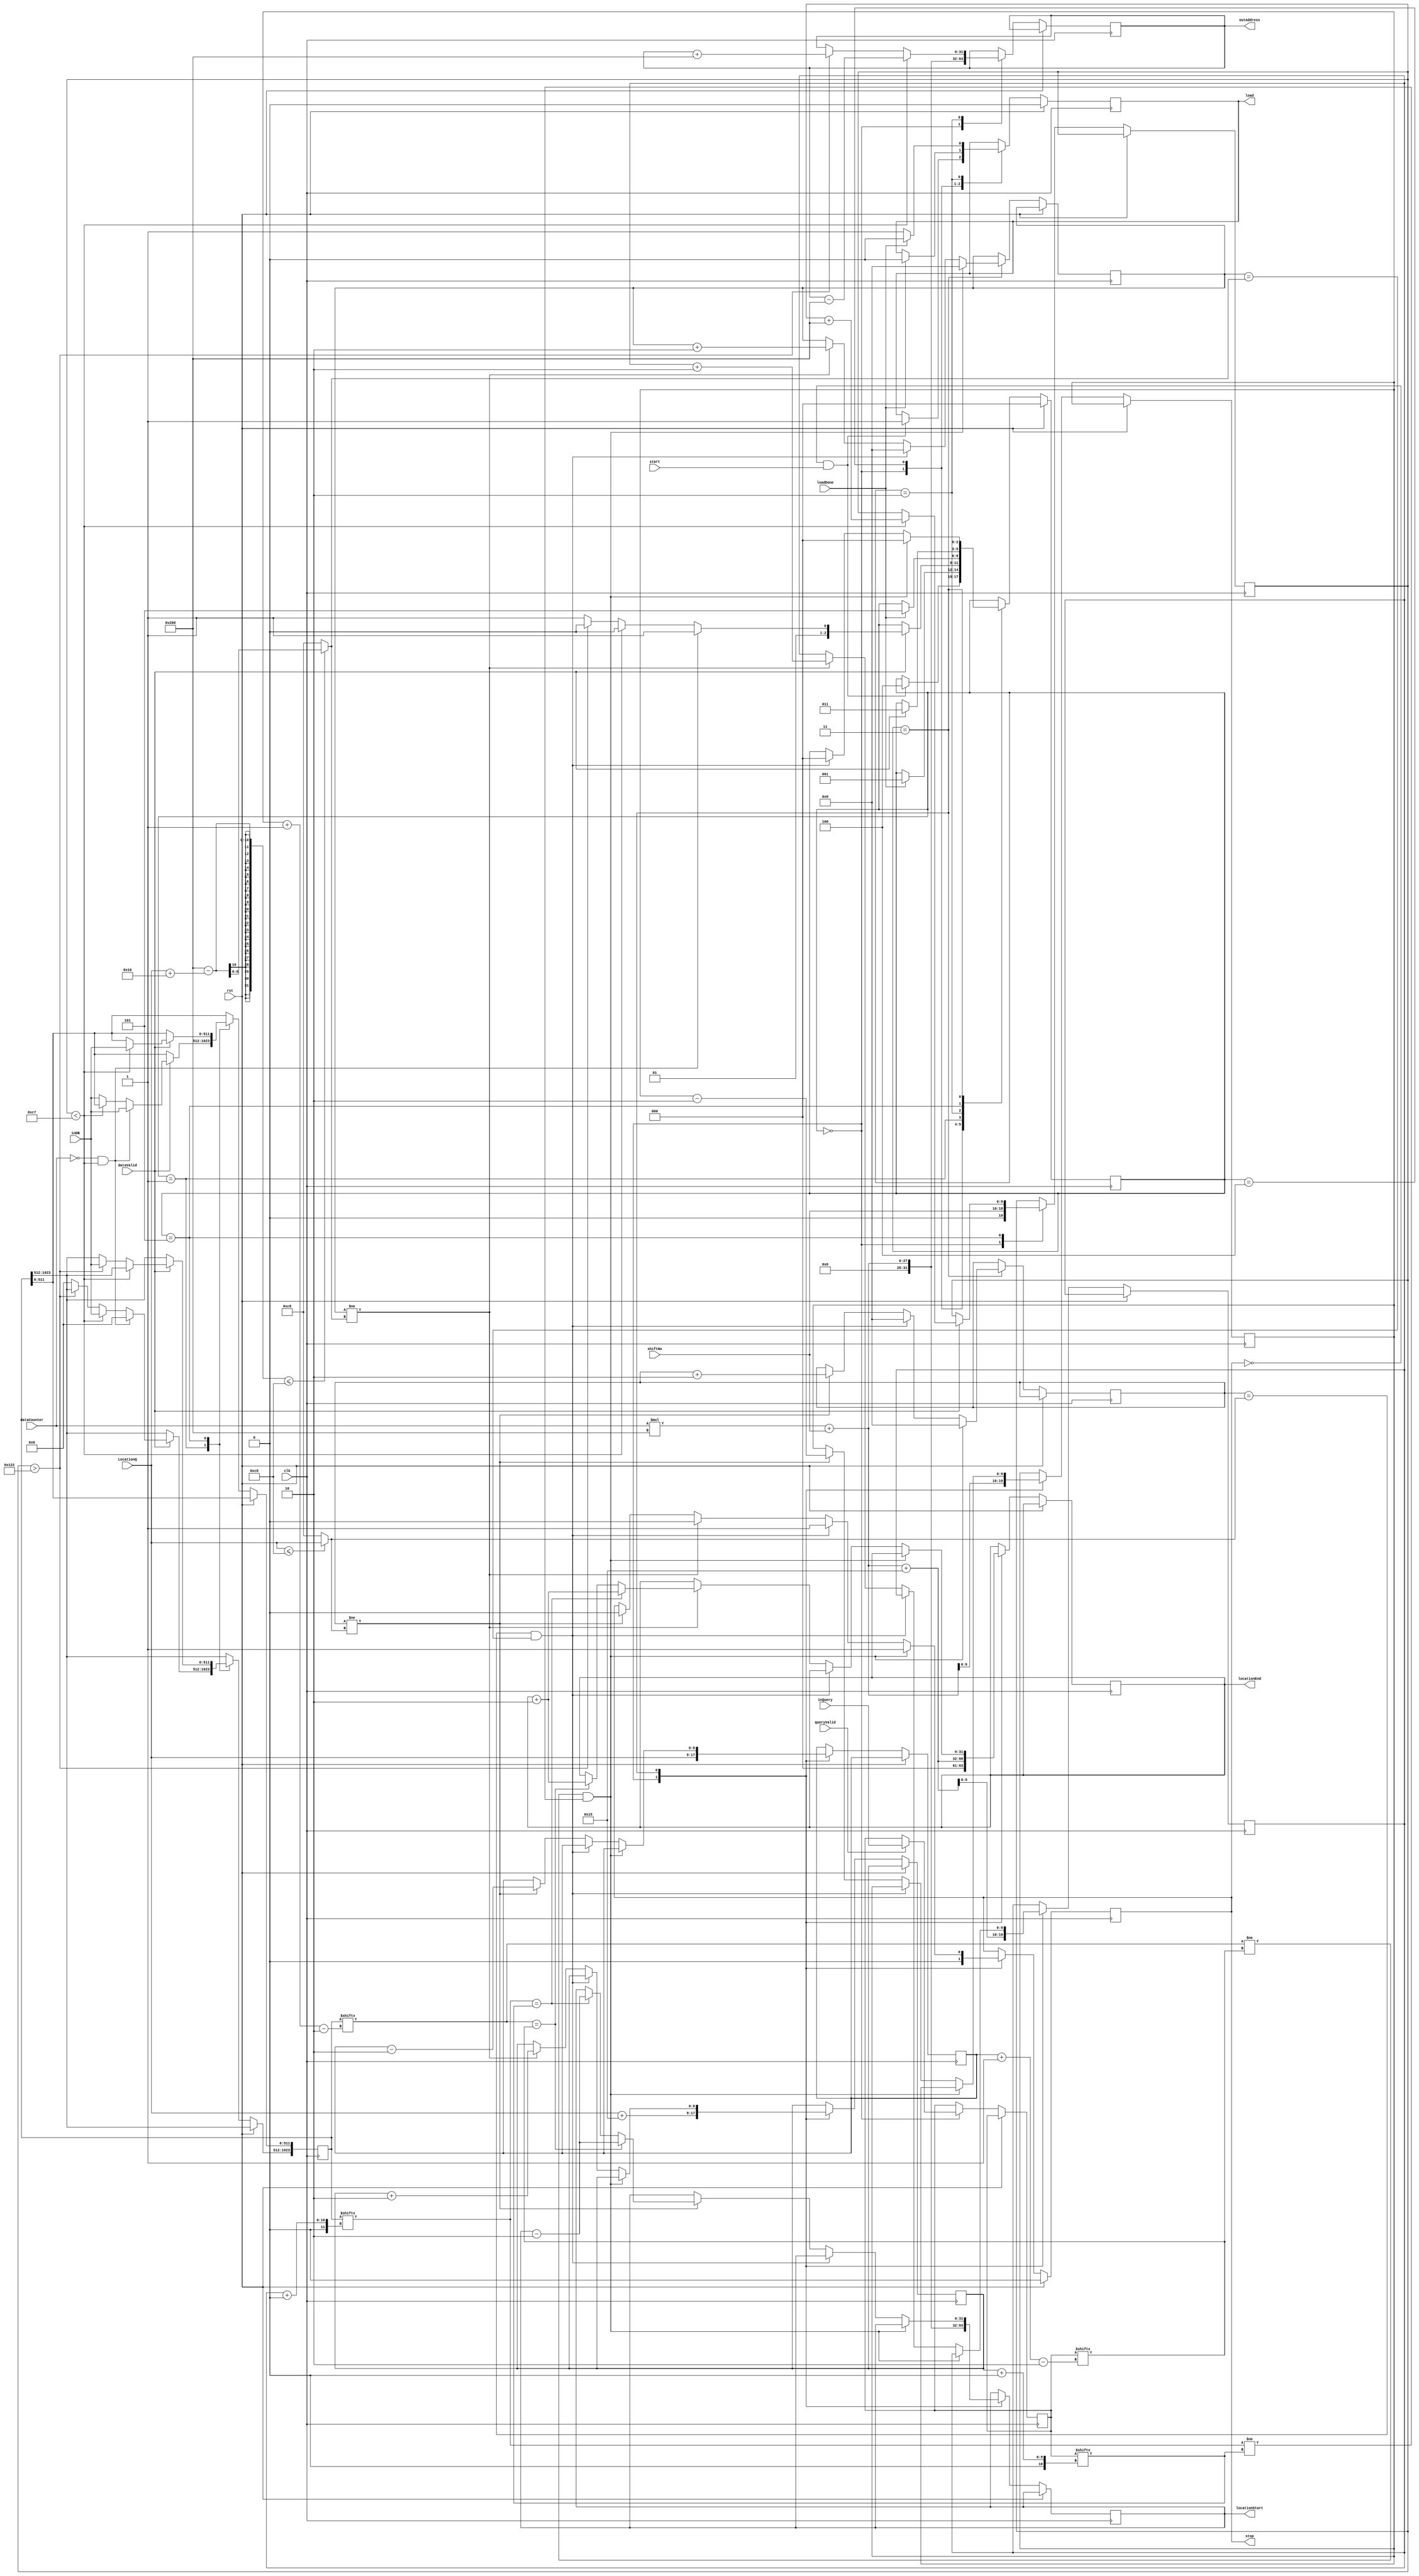
`timescale 1ns / 1ps
`define th 200

   module ExpandFSM(
    input clk,
    input rst,
    input start,
    input queryValid,    
    input dataValid,
    //input ready,
    input [8:0] shiftNo,
    input [16:0] dataCounter,
    input [511:0] inQuery,
    input [8:0] LocationQ,
    input [511:0]inDB,
       
    output reg load,
    input  loadDone,
    output [31:0] outAddress,
    output reg [31:0] locationStart,
    output reg [31:0] locationEnd,
    output reg stop
    );
    
    reg [9:0] shiftNumber;
    reg [511:0] dataSet1;
    reg [511:0] dataSet2;
    reg [31:0] addressCalc;
    reg [1023:0] dataMerged;
    reg [511:0] Query;
    reg [2:0] state;
         
    wire [8:0] range1;
    wire [8:0] range2;
    reg [8:0] k1=0;
    reg [8:0] k2=0;
    reg [8:0] i1;
    reg [8:0] i2;
    reg [9:0] m1;
    reg [9:0] m2;
    
    localparam IDLE = 3'b000,
               LOAD1 = 3'b001,
               LOAD2 = 3'b010,
               EXPAND = 3'b011,
               WAIT   = 3'b100,
               MERGE  = 3'b101;
    
    assign outAddress = addressCalc;
    //assign difference = shiftNumber >= LocationQ ? (shiftNumber - LocationQ) : (LocationQ - shiftNumber);   
    assign  range1 = LocationQ <= `th ? LocationQ : `th;    
    assign  range2 = (512 - (LocationQ + 22)) <= `th ? (512 - (LocationQ + 22)) : `th;   
        
    always @(posedge clk)
    begin
        if(rst)
        begin
            state <= IDLE;
            load = 1'b0;
            stop =  1'b0;
        end
        else
        begin
            case(state)
                IDLE:begin 
                    stop <= 1'b0;
                    shiftNumber = shiftNo;  
                    addressCalc = dataCounter * 512 + shiftNumber;
                    i1 <= LocationQ;
                    i2 <= LocationQ + 21;
                    m1 <= dataCounter * 512 + shiftNumber;
                    m2 <= dataCounter * 512 + shiftNumber + 21;
                    locationStart <= dataCounter * 512 + shiftNumber;
                    locationEnd <= dataCounter * 512 + shiftNumber + 21;
                    if(queryValid)
                        Query <= inQuery;
                    if(!stop & start)
                    begin
                        state <= WAIT;
                        load <= 1'b1;
                    end
                end
                WAIT:begin
                     if(loadDone)
                     begin
                        load <= 1'b0;
                        state <= LOAD1;
                     end
                end
                LOAD1:begin
                    if(dataValid)
                    begin
                        if(dataCounter == 0 & shiftNumber < 199)
                        begin
                            dataMerged[511:0] <= inDB;
                            dataMerged[1023:512] <= 512'h0;
                            state <= EXPAND;
                        end    
                        else if(shiftNumber < 199)
                         begin
                            dataMerged[1023:512] <= inDB;
                            state <= LOAD2;
                         end
                         else if(shiftNumber > 290)
                         begin
                            dataMerged[511:0] <= inDB;
                            state <= LOAD2;
                         end 
                         else
                         begin
                            dataMerged[511:0] <= inDB;
                            dataMerged[1023:512] <= 512'h0;
                            state <= EXPAND;
                         end
                    end
                end
                LOAD2:begin
                    load <= 1'b1; 
                    if(shiftNumber < 199)
                    begin
                       addressCalc <= addressCalc - 512; // ????????????????????????????????????????????????????????????    
                    end
                    else if(shiftNumber > 290)
                    begin
                        addressCalc <= addressCalc + 512; //?????????????????????????????????????????????????????????????               
                    end          
                    if(loadDone)
                    begin
                        load <= 1'b0;
                        state <= MERGE;
                    end 
                        
                end
                
                MERGE:begin
                    if(dataValid)
                    begin
                        if(shiftNumber < 199)
                        begin
                             shiftNumber <= shiftNumber + 512; //             
                             dataMerged[511:0] <= inDB;                       
                        end
                        else if(shiftNumber > 290)
                        begin
                             dataMerged[1023:512] <= inDB;               
                        end
                        state <= EXPAND;
                    end
                end
                
                EXPAND:begin
                        if(dataMerged[m1-:2] != Query[i1-:2] & dataMerged[m2+:2] != Query[i2+:2]) 
                        begin
                            stop <= 1'b1;
                            k1=0;
                            k2=0;
                            state <= IDLE;
                        end
                        else if(k1 == range1 & k2 == range2)
                        begin
                            k1=0;
                            k2=0;
                            stop <= 1'b1;
                            state <= IDLE;
                        end
                        else 
                        begin
                            if(k1 != range1)
                            begin
                              stop <= 1'b0;
                              k1 <= k1 + 2;
                              m1 <= m1 -2;
                              i1 <= i1 - 2; 
                              if(dataMerged[m1-:2] == Query[i1-:2]) 
                                   locationStart <= locationStart - 2;
                              else if(dataMerged[m2+:2] == Query[i2+:2]) // Added lines by me
                                   locationStart <= locationStart - 2;
                            end
                            //else if(k1 == range1)
                            if(k2 != range2)
                            begin
                                stop <= 1'b0;
                                k2 <= k2 + 2;
                                m2 <= m2 + 2;
                                i2 <= i2 + 2; 
                                if(dataMerged[m2+:2] == Query[i2+:2]) 
                                   locationEnd  <= locationEnd + 2;
                                  else if(dataMerged[m1-:2] == Query[i1-:2]) 
                                   locationEnd  <= locationEnd + 2;
                            end    
                        end        
                end
            endcase
        end
    end        

    
    endmodule